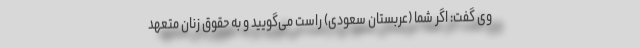
وی گفت: اگر شما (عربستان سعودی) راست می‌گویید و به حقوق زنان متعهد